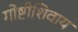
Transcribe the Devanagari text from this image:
गोष्टीशिवाय